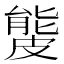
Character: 𥀍